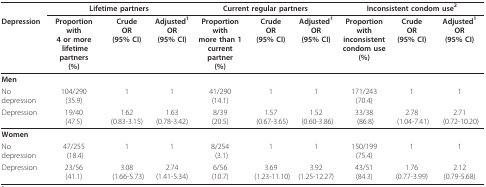
<table><thead><tr><td></td><td colspan="3"><b>Lifetime partners</b></td><td colspan="3"><b>Current regular partners</b></td><td colspan="3"><b>Inconsistent condom use<sup>2</sup></b></td></tr><tr><td><b>Depression</b></td><td><b>Proportion with4 or more lifetime partners(%)</b></td><td><b>CrudeOR(95% CI)</b></td><td><b>Adjusted<sup>1 </sup>OR(95% CI)</b></td><td><b>Proportion withmore than 1current partner(%)</b></td><td><b>CrudeOR(95% CI)</b></td><td><b>Adjusted<sup>1 </sup>OR(95% CI)</b></td><td><b>Proportion withinconsistentcondom use(%)</b></td><td><b>CrudeOR(95% CI)</b></td><td><b>Adjusted<sup>1 </sup>OR(95% CI)</b></td></tr></thead><tbody><tr><td><b>Men</b></td><td></td><td></td><td></td><td></td><td></td><td></td><td></td><td></td><td></td></tr><tr><td>No depression</td><td>104/290(35.9)</td><td>1</td><td>1</td><td>41/290(14.1)</td><td>1</td><td>1</td><td>171/243(70.4)</td><td>1</td><td>1</td></tr><tr><td>Depression</td><td>19/40(47.5)</td><td>1.62(0.83-3.15)</td><td>1.63(0.78-3.42)</td><td>8/39(20.5)</td><td>1.57 (0.67-3.65)</td><td>1.52 (0.60-3.86)</td><td>33/38 (86.8)</td><td>2.78 (1.04-7.41)</td><td>2.71 (0.72-10.20)</td></tr><tr><td><b>Women</b></td><td></td><td></td><td></td><td></td><td></td><td></td><td></td><td></td><td></td></tr><tr><td>No depression</td><td>47/255 (18.4)</td><td>1</td><td>1</td><td>8/254 (3.1)</td><td>1</td><td>1</td><td>150/199 (75.4)</td><td>1</td><td>1</td></tr><tr><td>Depression</td><td>23/56 (41.1)</td><td>3.08 (1.66-5.73)</td><td>2.74 (1.41-5.34)</td><td>6/56 (10.7)</td><td>3.69 (1.23-11.10)</td><td>3.92 (1.25-12.27)</td><td>43/51 (84.3)</td><td>1.76 (0.77-3.99)</td><td>2.12 (0.79-5.68)</td></tr></tbody></table>